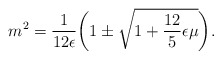
\begin{align*}m^2 = \frac{1}{12 \epsilon} \biggl( 1 \pm \sqrt{ 1 + \frac{12}{5} \epsilon\mu}\biggr).\end{align*}